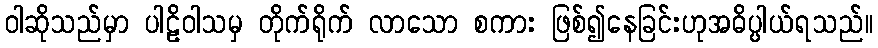
ဝါဆိုသည်မှာ ပါဠိဝါသမှ တိုက်ရိုက် လာသော စကား ဖြစ်၍နေခြင်းဟုအဓိပ္ပါယ်ရသည်။